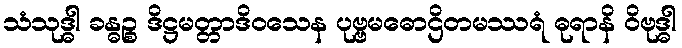
သံသုဒ္ဓါ ခန္ဓဉ္စ ဒိဋ္ဌမတ္တာဒိဝသေန ပုဗ္ဗမဓောဌိတမဿရံ ဓုရာနိ ဝိဗုဒ္ဓါ